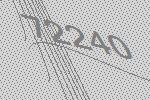
72240